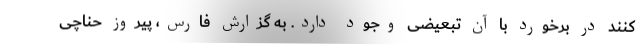
کنند در برخورد با آن تبعیضی وجود دارد. به گزارش فارس، پیروز حناچی